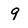
Character: 9